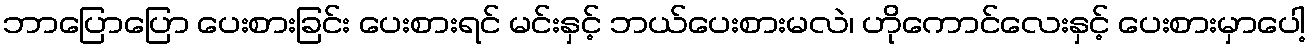
ဘာပြောပြော ပေးစားခြင်း ပေးစားရင် မင်းနှင့် ဘယ်ပေးစားမလဲ၊ ဟိုကောင်လေးနှင့် ပေးစားမှာပေါ့